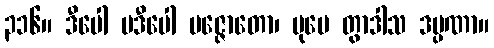
၃၁၆။ ဒီပေါ ပဒီပေါ ပဇ္ဇောတော၊ ပုမေ တွာဒါသ ဒပ္ပဏာ။